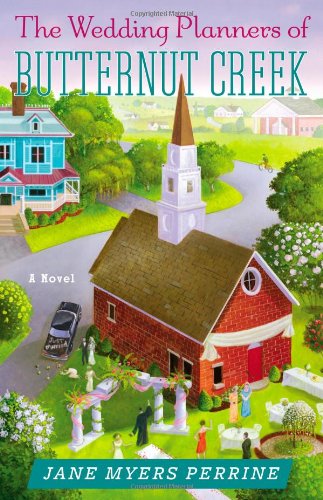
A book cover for The Wedding Planners of Butternut Creek: A Novel; Jane Myers Perrine; Christian Books & Bibles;